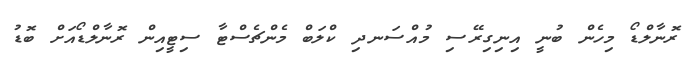
ރޮނާލްޑޯ މިހެން ބުނީ އިނިގިރޭސި މުއްސަނދި ކްލަބް މެންޗެސްޓާ ސިޓީއިން ރޮނާލްޑޯއަށް ބޮޑު